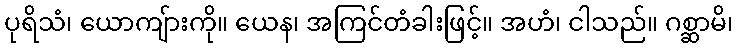
ပုရိသံ၊ ယောကျ်ားကို။ ယေန၊ အကြင်တံခါးဖြင့်။ အဟံ၊ ငါသည်။ ဂစ္ဆာမိ၊